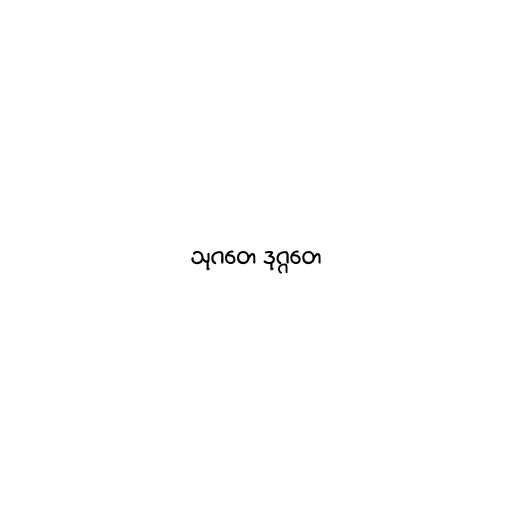
သုဂတေ ဒုဂ္ဂတေ